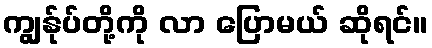
ကျွန်ုပ်တို့ကို လာ ပြောမယ် ဆိုရင်။